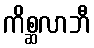
ကိစ္ဆလာဘီ